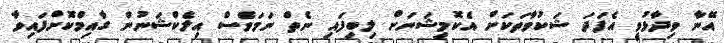
އޭނާ ވިދާޅުވީ އެފަދަ ޝަކުވާތަކަށް އެކޮމިޝަނަށް ލިބިފައި ނެތް ނަމަވެސް އިލެކްޝަނުން ގާއިމްކޮށްފައިވާ